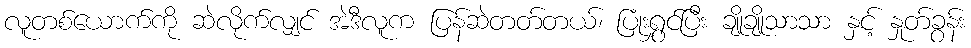
လူတစ်ယောက်ကို ဆဲလိုက်လျှင် အဲဒီလူက ပြန်ဆဲတတ်တယ်၊ ပြုံးရွှင်ပြီး ချိုချိုသာသာ နှင့် နှုတ်ခွန်း